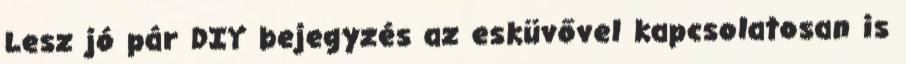
Lesz jó pár DIY bejegyzés az esküvővel kapcsolatosan is